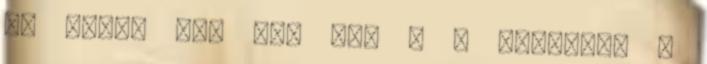
Ez eddig így néz ki: 6 - Kattints a